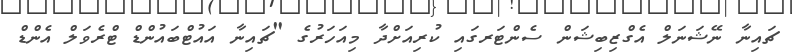
ޗައިނާ ނޭޝަނަލް އެގްޒިބިޝަން ސެންޓަރގައި ކުރިއަށްދާ މިއަހަރުގެ "ޗައިނާ އައުޓްބައުންޑް ޓްރެވަލް އެންޑް